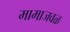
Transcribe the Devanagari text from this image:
मामाजवळ